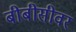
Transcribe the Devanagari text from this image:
बीबीसीवर